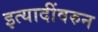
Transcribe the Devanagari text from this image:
इत्यादींवरुन